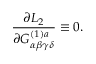
\frac { \partial { \cal L } _ { 2 } } { \partial G _ { \alpha \beta \gamma \delta } ^ { ( 1 ) a } } \equiv 0 .